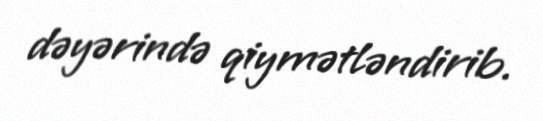
dəyərində qiymətləndirib.